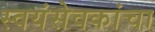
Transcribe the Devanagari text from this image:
स्वयंसेवकांचा